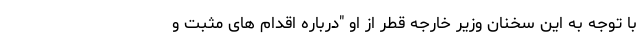
با توجه به این سخنان وزیر خارجه قطر از او "درباره اقدام های مثبت و